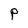
Character: P